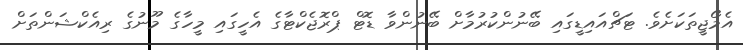
އެމޯޖީތަކަށެވެ. ޓަޗްއައިޑީގައި ބޭނުންކުރުމާށް ބޭނުންވާ ޑޮޓް ޕްރޮޖެކްޓާގެ އެހީގައި މީހާގެ މޫނުގެ ރިއެކްޝަންތަށް